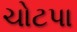
ચોટપા